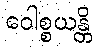
ဝေါစ္စယန္တိ